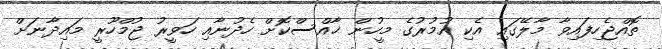
ތޮއްޖެހިފައިވާ މާލޭގައި އެކި އުމުރުގެ މީހުން ޚާއްސްކޮށް ހެދުނާއި ހަވީރު ޖުމްހޫރީ މައިދާނަށް